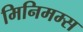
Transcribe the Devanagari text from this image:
मिनिमम्स